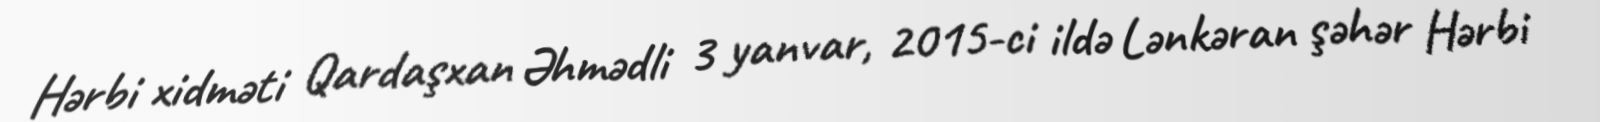
Hərbi xidməti Qardaşxan Əhmədli 3 yanvar, 2015-ci ildə Lənkəran şəhər Hərbi